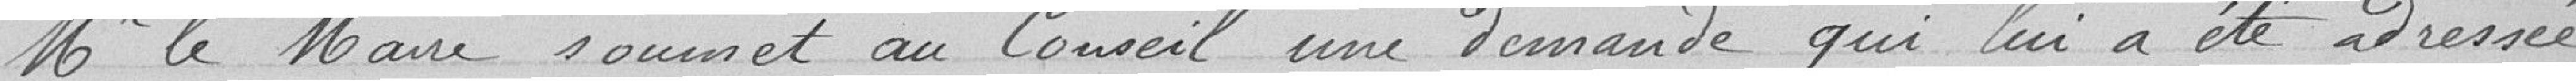
Mr le Maire soumet au Conseil une demande qui lui a été adressée